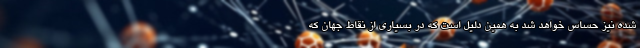
شده نیز حساس خواهد شد به همین دلیل است که در بسیاری از نقاط جهان که